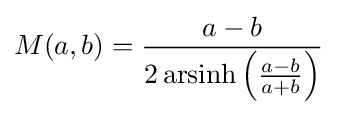
M(a,b)={\frac {a-b}{2\operatorname {arsinh} \left({\frac {a-b}{a+b}}\right)}}